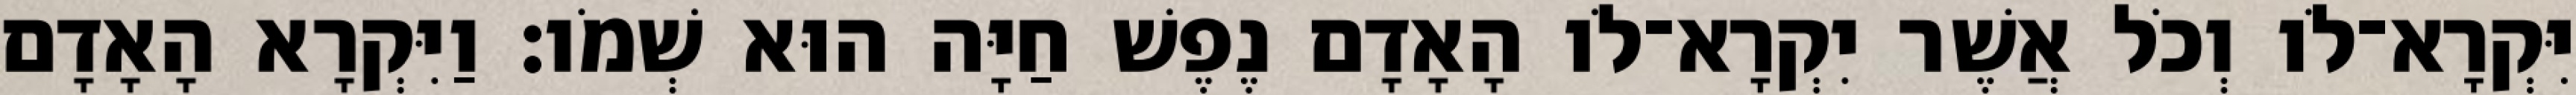
יִּקְרָא־לֹו וְכֹל אֲשֶׁר יִקְרָא־לֹו הָאָדָם נֶפֶשׁ חַיָּה הוּא שְׁמֹו׃ וַיִּקְרָא הָאָדָם